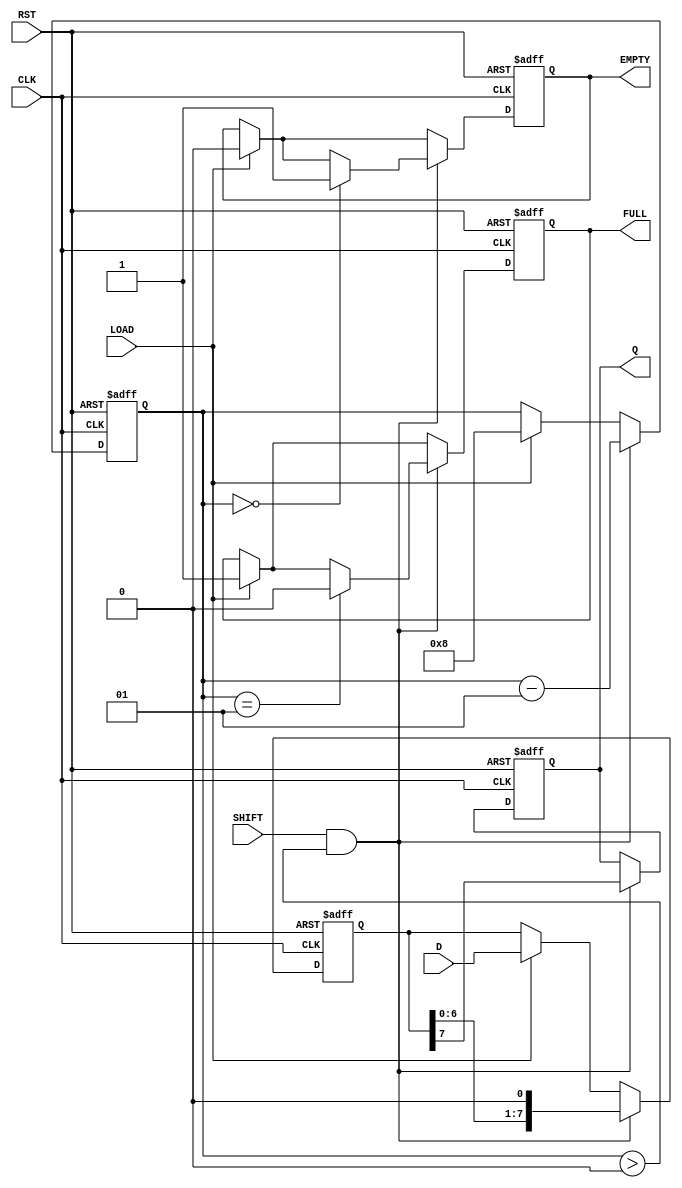
module piso_register #(
    parameter n = 8  // Parameterizable width of the data input
) (
    input wire [n-1:0] D,      // Parallel data input
    input wire SHIFT,           // Shift control signal
    input wire LOAD,            // Load control signal
    input wire CLK,             // Clock signal
    input wire RST,             // Asynchronous reset signal
    output reg Q,               // Serial output
    output reg FULL,            // Full indicator
    output reg EMPTY            // Empty indicator
);

    reg [n-1:0] register;       // Internal register to hold data
    integer count;              // Counter for number of bits shifted out

    // Asynchronous reset
    always @(posedge CLK or posedge RST) begin
        if (RST) begin
            register <= 0;       // Clear the register
            Q <= 0;              // Clear the serial output
            FULL <= 1'b0;        // Register is empty after reset
            EMPTY <= 1'b1;       // Register is empty after reset
            count <= 0;          // Reset count
        end else begin
            // Loading data
            if (LOAD) begin
                register <= D;    // Load data into the register
                FULL <= 1'b1;     // Register is now full
                EMPTY <= 1'b0;    // Register is not empty
                count <= n;       // Set count to the width of the data
            end

            // Shifting data
            if (SHIFT && count > 0) begin
                Q <= register[n-1]; // Output MSB or LSB based on configuration
                // Shift the register right
                register <= {register[n-2:0], 1'b0}; // Shift and discard LSB
                count <= count - 1; // Decrement the count of bits left to shift

                // Update FULL and EMPTY indicators
                if (count == 1)
                    FULL <= 1'b0; // Last bit shifted out
                if (count == 0)
                    EMPTY <= 1'b1; // Register is empty after all bits shifted out
            end
        end
    end

endmodule